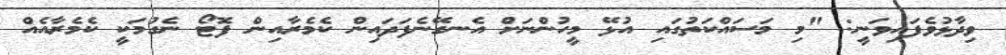
ވިދާޅުވެފައިވަނީ: "މި މަސައްކަތުގައި އުޅޭ މީހުންނަށް އެނގޭނެފަދައިން ކެމެރާއިން ފޮޓޯ ނެގުމަކީ ކެމެރާއެއް